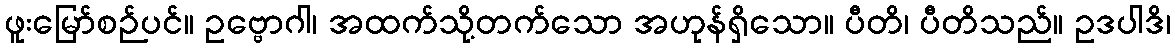
ဖူးမြော်စဉ်ပင်။ ဥဗ္ဗောဂါ၊ အထက်သို့တက်သော အဟုန်ရှိသော။ ပီတိ၊ ပီတိသည်။ ဥဒပါဒိ၊